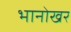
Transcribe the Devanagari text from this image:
भानोखर